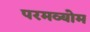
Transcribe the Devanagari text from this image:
परमव्योम